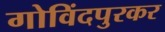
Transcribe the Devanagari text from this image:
गोविंदपुरकर